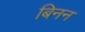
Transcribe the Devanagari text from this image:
बिनन